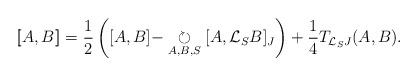
LaTeX: \begin{align*}[\![A,B]\!]=\frac{1}{2}\left([A,B]-\underset{A,B,S}{\circlearrowright}[A,\mathcal{L}_S B]_J\right)+\frac{1}{4}T_{\mathcal{L}_S J}(A,B).\end{align*}